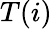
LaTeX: T(i)